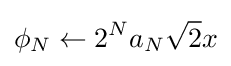
\phi _{N}\leftarrow 2^{N}a_{N}{\sqrt {2}}x